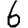
Digit: 6